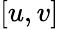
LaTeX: [u,v]